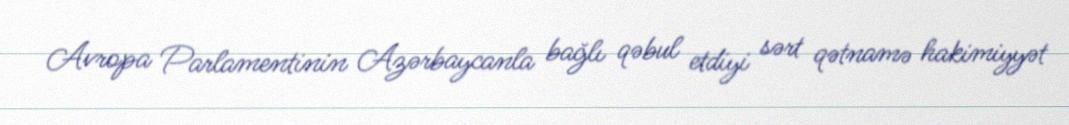
Avropa Parlamentinin Azərbaycanla bağlı qəbul etdiyi sərt qətnamə hakimiyyət